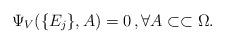
LaTeX: \begin{align*} \Psi_V (\{E_j\},A) = 0 \, , \forall A \subset\subset \Omega.\end{align*}